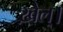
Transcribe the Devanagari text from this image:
ख़ेल्।